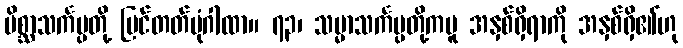
မိစ္ဆာသင်္ကပ္ပတို့ မြင်တတ်ပုံဂါထာ။ ၇၃၊ သမ္မာသင်္ကပ္ပတို့ကမူ အနှစ်ရှိရာကို အနှစ်ရှိ၏ဟု